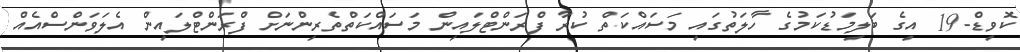
ކޮވިޑް-19 އިގެ ބަލިމަޑުކަމުގެ ހާލަތުގައި މަސައްކަތް ކުރާ ފްރަންޓްލައިން މަސައްކަތްތެރިންނަށް ފްރަންޓްލައިން އެލަވަންސްއެއް